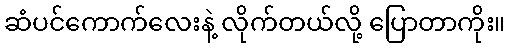
ဆံပင်ကောက်လေးနဲ့ လိုက်တယ်လို့ ပြောတာကိုး။